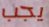
يجب